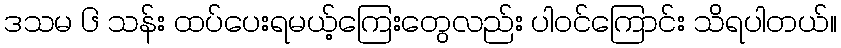
ဒသမ ၆ သန်း ထပ်ပေးရမယ့်ကြေးတွေလည်း ပါဝင်ကြောင်း သိရပါတယ်။